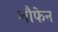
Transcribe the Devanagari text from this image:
लौफेन